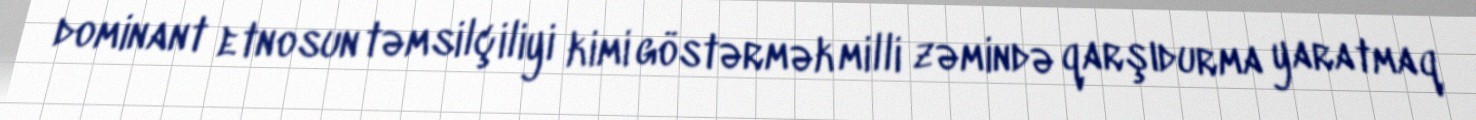
dominant etnosun təmsilçiliyi kimi göstərmək milli zəmində qarşıdurma yaratmaq